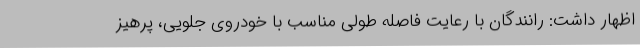
اظهار داشت: رانندگان با رعایت فاصله طولی مناسب با خودروی جلویی، پرهیز